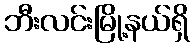
ဘီးလင်းမြို့နယ်ရှိ